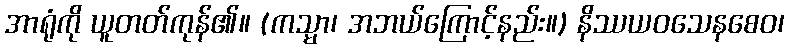
အာရုံကို ယူတတ်ကုန်၏။ (ကသ္မာ၊ အဘယ်ကြောင့်နည်း။) နိဿယဝသေနစေဝ၊